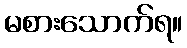
မစားသောက်ရ။